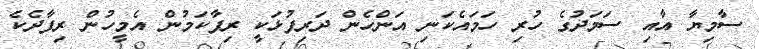
ސާމިޔާ އާއި ސަމަދުގެ ހުރި ހަމައެކަނި އަންހެން ދަރިފުޅަކީ ރިފާކަމުން އެމީހުން ރިފާދެކެ